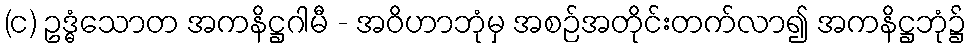
(င) ဥဒ္ဓံသောတ အကနိဋ္ဌဂါမီ - အဝိဟာဘုံမှ အစဉ်အတိုင်းတက်လာ၍ အကနိဋ္ဌဘုံ၌